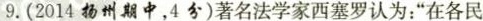
9.（2014扬州期中，4分）著名法学家西塞罗认为：“在各民